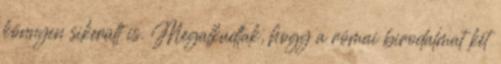
könnyen sikerült is. Megalkudtak, hogy a római birodalmat két